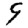
Digit: 9